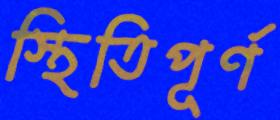
স্থিতিপূর্ণ